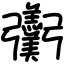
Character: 𢑌